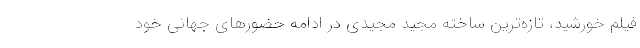
فیلم خورشید، تازه‌ترین ساخته مجید مجیدی در ادامه حضورهای جهانی خود